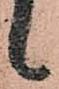
々